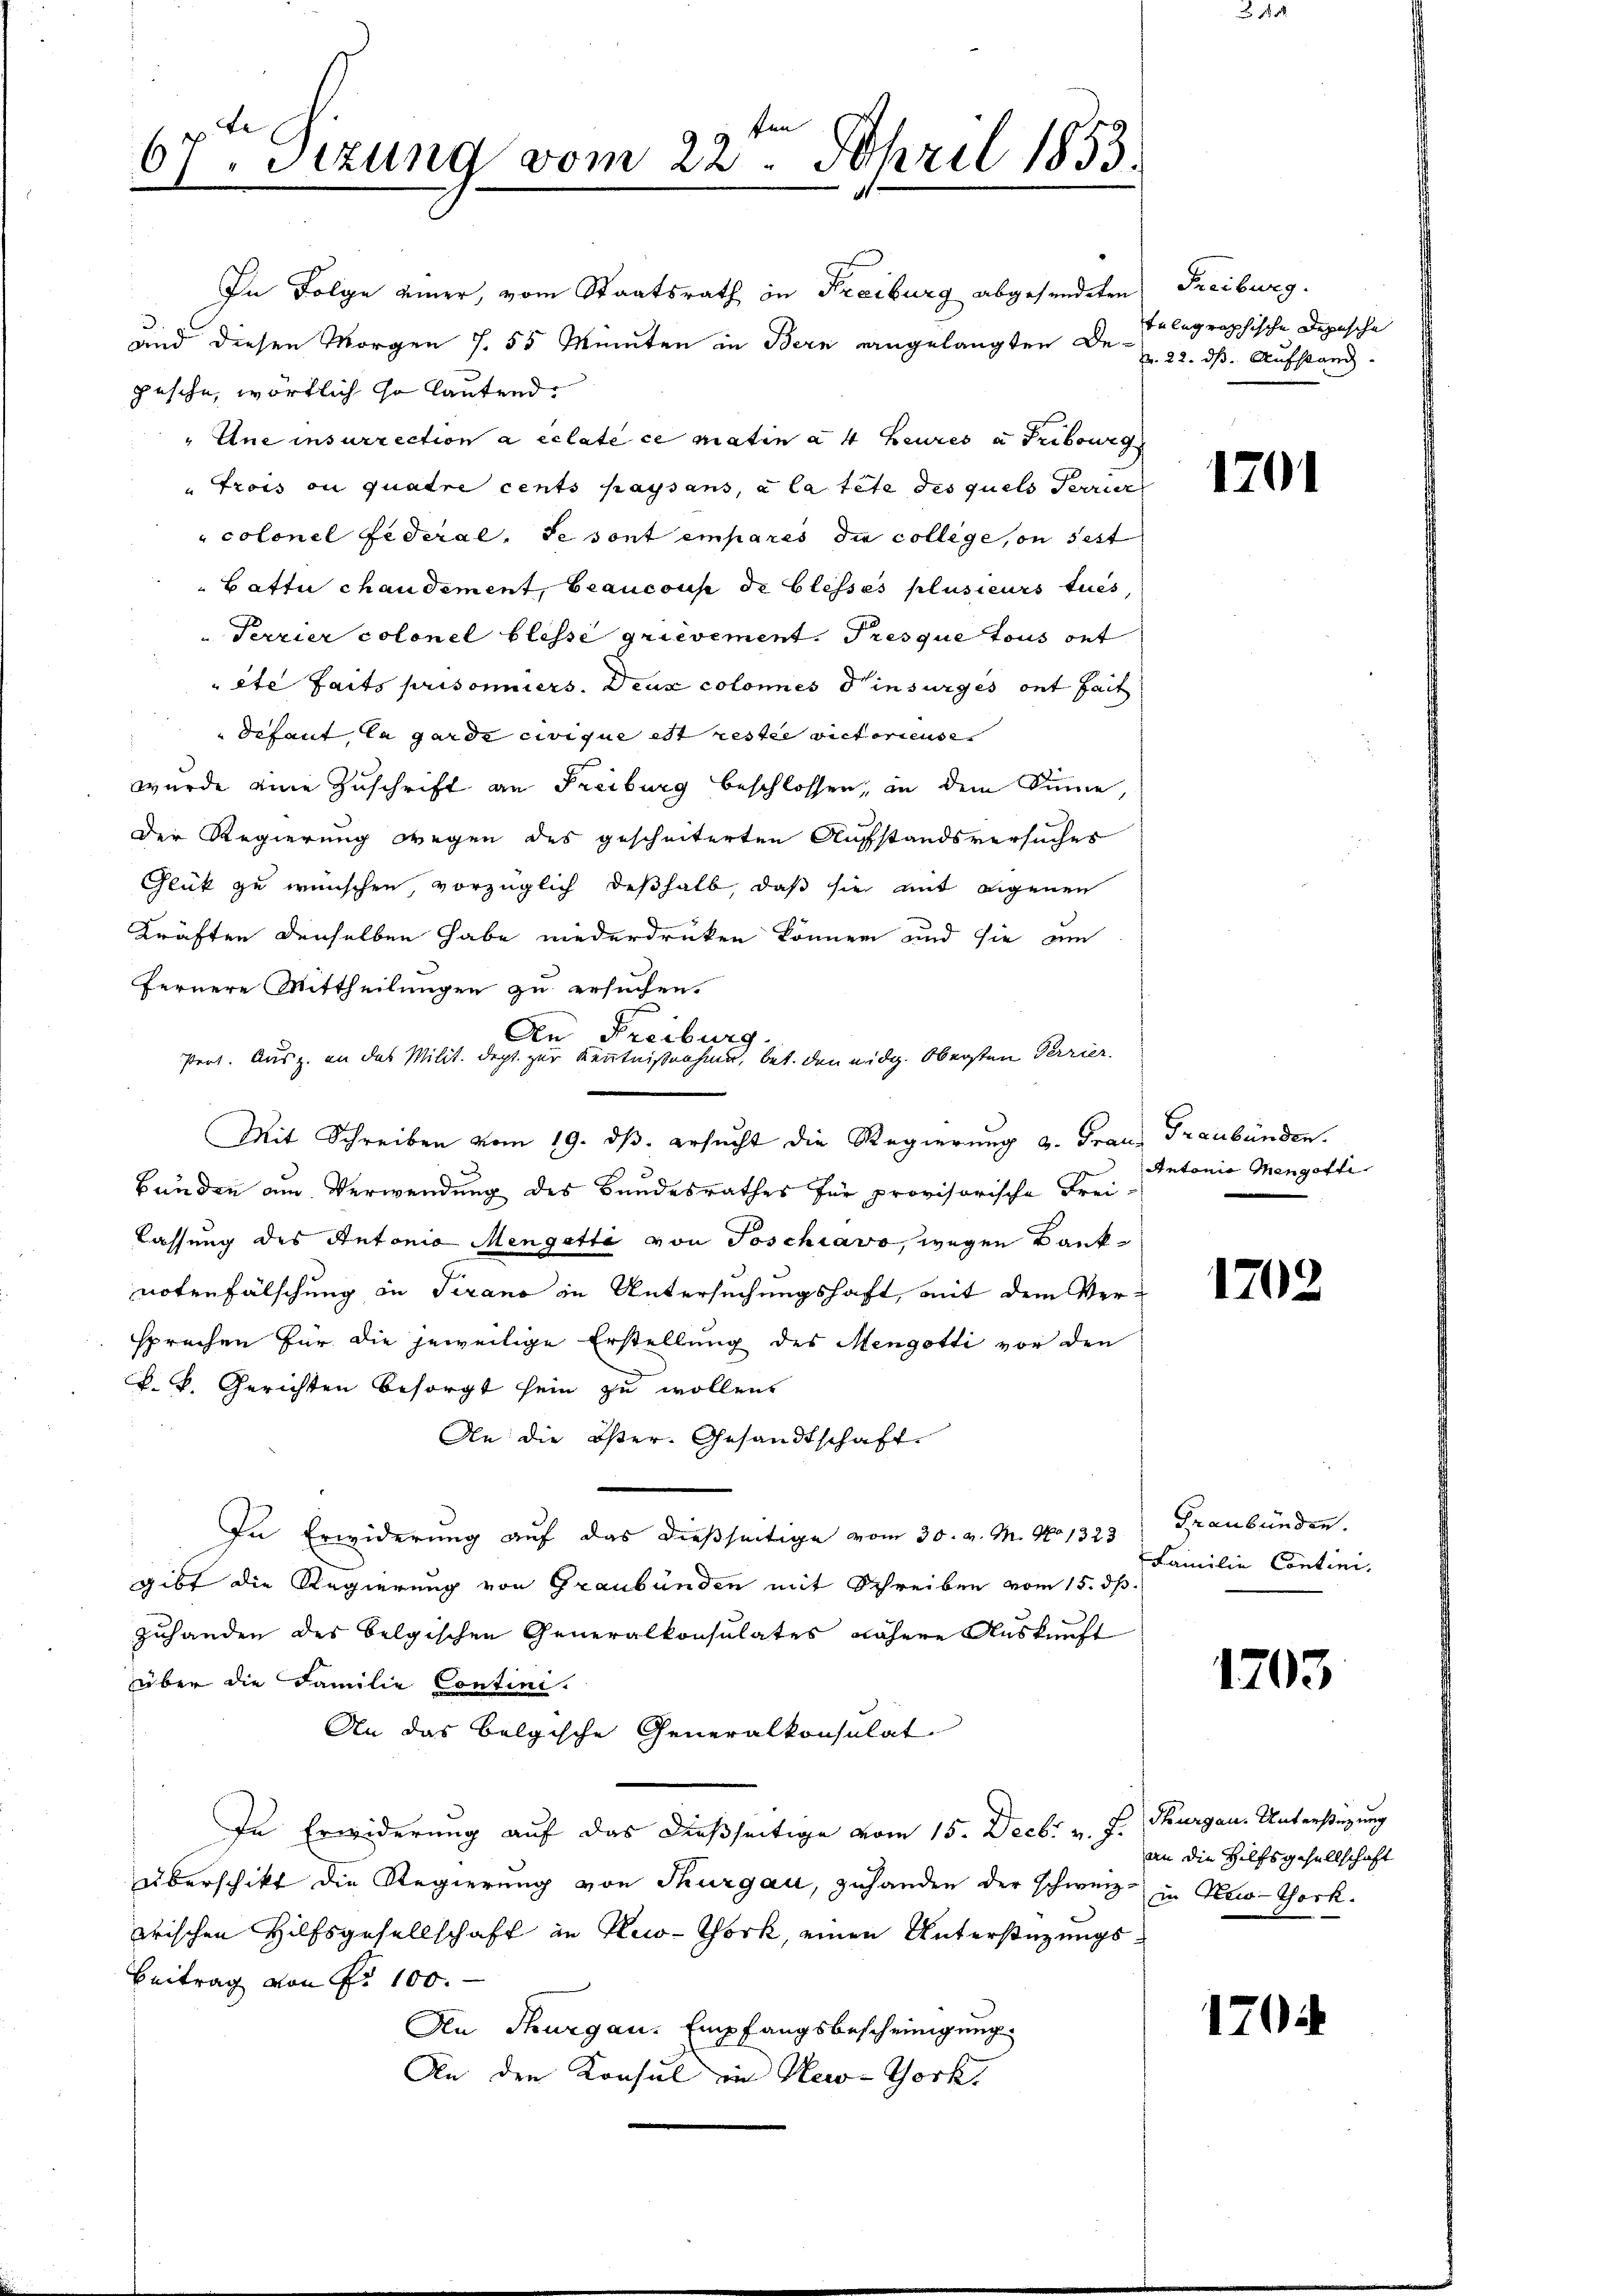
67. Sitzung vom 22. April 1853.

In Folge einer, vom Staatsrath in Freiburg abgesendeten
und diesen Morgen S. 55 Münten in Bern eingelangten Depesche, wörtlich so lautend.
Une insurrection a eclate ce matin a 4 Heures u Fribourg
Frois ou quadre cents paysans, à la tete des quels Terrier
colonel Federal. Se sont empares die college, ou sist
Batte chaudement, Beaucous de Clesses plusieurs tues
" Terrier colonel blesse grievement. Presque tous ont
ete faits prisonniers. Deux colonnes insurges ont fait
defaut, la garde civique est restie victorieuse
wurde eine Zuschrift an Freiburg beschlossen, in dem Sinne,
Der Regierung wegen des gescheiterten Aufstandsversuches
Glück zu wünschen, vorzüglich deßhalb, daß sie mit eigenen
Kräften denselben habe niederdrücken können und sie am
fernere Mittheilungen zu ersuchen.
Mit Schreiben vom 19. ds. ersucht die Regierung a. Frau Graubünden.
Bunden am Verwendung des Bundesrathes für provisorische Frei-
lassung des Antonio Mengatte von Soschiavo, wegen Banknotenfälschung in Terano in Untersuchungshaft, mit dem Versprechen für die jeweilige Erstellung des Mengotti vor den
k. k. Gerichten besorgt sein zu wollen
An die Oster. Gesandtschaft
In Erwiderung auf das dießseitige vom 30. v. M. No 1323) Graubünden.
gibt die Regierung von Graubünden mit Schreiben vom 15. dß.
zuhanden des belgischen Generalkonsulates nähere Auskunft
über die Familie Contini.
An das belgische Generalkonsulat
In Erwiderung auf das dießseitige vom 15. Decbr v. J. Thurgau. Unterstützung
überschikt die Regierung von Thurgau, zuhanden der schweiz. in New-Thock.
wrischen Hilfsgesellschaft in Keco-Thork, einen Unterstüzungs¬
Beitrag von Fr. 100.
An Thurgau. Empfangsbescheinigung
An den Konsul in New-York,

An Freiburg.
Prot. Ausz. an das Milit. dept. zur Kenntnißnahme, betr. den eidg. Obersten Terrier.

Freiburg.
telegraphische Depesche
Nr. 22. ds. Aufstand.

1701

Antonie Mengotte

1702

Familie Contini.

1203

an die Hilfsgesellschaft

170